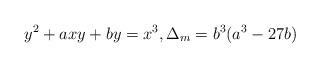
LaTeX: \begin{align*} y^2 + axy + by = x^3, \Delta_m = b^3(a^3 - 27b)\end{align*}